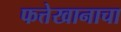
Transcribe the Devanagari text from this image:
फत्तेखानाचा